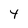
Character: Y